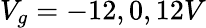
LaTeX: V_{g}=-12,0,12V